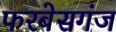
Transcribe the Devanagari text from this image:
फरबेसगंज